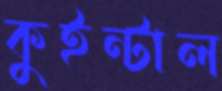
কুইন্টাল